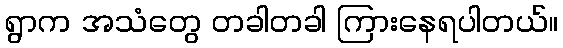
ရွာက အသံတွေ တခါတခါ ကြားနေရပါတယ်။